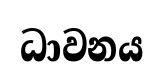
ධාවනය